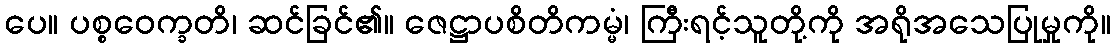
ပေ။ ပစ္စဝေက္ခတိ၊ ဆင်ခြင်၏။ ဇေဋ္ဌာပစိတိကမ္မံ၊ ကြီးရင့်သူတို့ကို အရိုအသေပြုမှုကို။